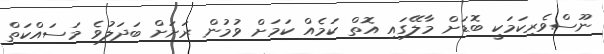
ނޫސްވެރިކަމަކީ ބޮޑަށް މާލޭގައި އޮތް ކަމެއް ކަމަށް ވުމުން ރަށަށް ބަދަލުވެ މަސައްކަތް